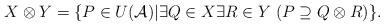
LaTeX: \begin{align*}X \otimes Y=\{P \in U(\mathcal{A}) | \exists Q \in X \exists R \in Y \; (P \supseteq Q \otimes R)\}.\end{align*}